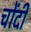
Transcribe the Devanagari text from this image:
चोंदी